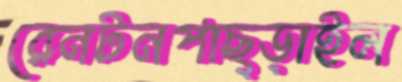
রেনটনপাছ্‌ড়াইল